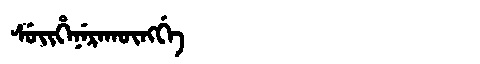
Manchu: ᠰᡠᡳᡥᡝᠨᡝᡵᠠᡴᡡᠩᡤᡝ
Romanization: SUIHENERAKŪNGGE